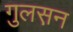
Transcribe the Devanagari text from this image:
गुलस़न